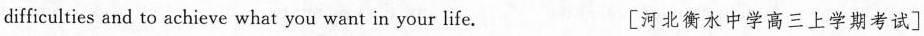
difficulties and to achieve what you want in your life. [河北衡水中学高三上学期考试]